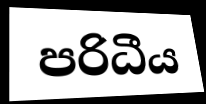
පරිධීය